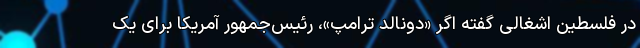
در فلسطین اشغالی گفته اگر «دونالد ترامپ»، رئیس‌جمهور آمریکا برای یک